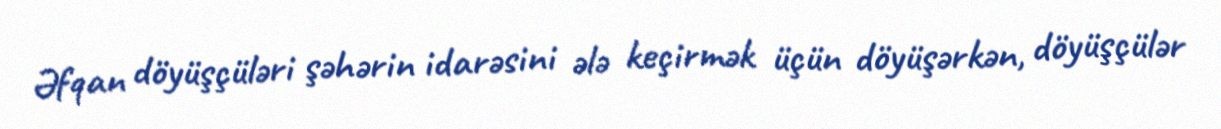
Əfqan döyüşçüləri şəhərin idarəsini ələ keçirmək üçün döyüşərkən, döyüşçülər